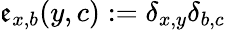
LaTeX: \mathfrak{e}_{x,b}(y,c):=\delta_{x,y}\delta_{b,c}